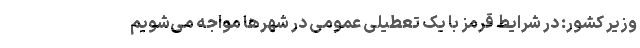
وزیر کشور: در شرایط قرمز با یک تعطیلی عمومی در شهرها مواجه می‌شویم